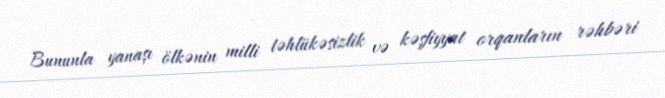
Bununla yanaşı ölkənin milli təhlükəsizlik və kəşfiyyat orqanların rəhbəri